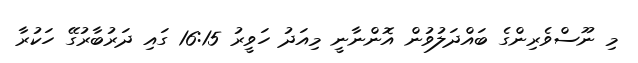
މި ނޫސްވެރިންގެ ބައްދަލުވުން އޮންނާނީ މިއަދު ހަވީރު 16:15 ގައި ދަރުބާރުގޭ ހަކުރާ